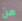
من